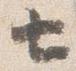
サ